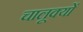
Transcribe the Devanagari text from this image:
चालूक्यों